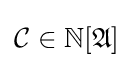
{\mathcal {C}}\in \mathbb {N} [{\mathfrak {A}}]